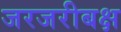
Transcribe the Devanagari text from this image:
जरजरीबक्ष